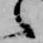
之